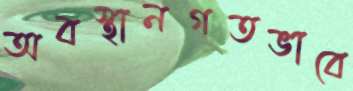
অবস্থানগতভাবে